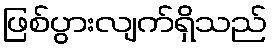
ဖြစ်ပွားလျက်ရှိသည်